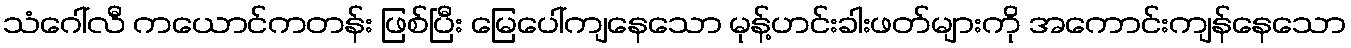
သံဂေါ်လီ ကယောင်ကတန်း ဖြစ်ပြီး မြေပေါ်ကျနေသော မုန့်ဟင်းခါးဖတ်များကို အကောင်းကျန်နေသော